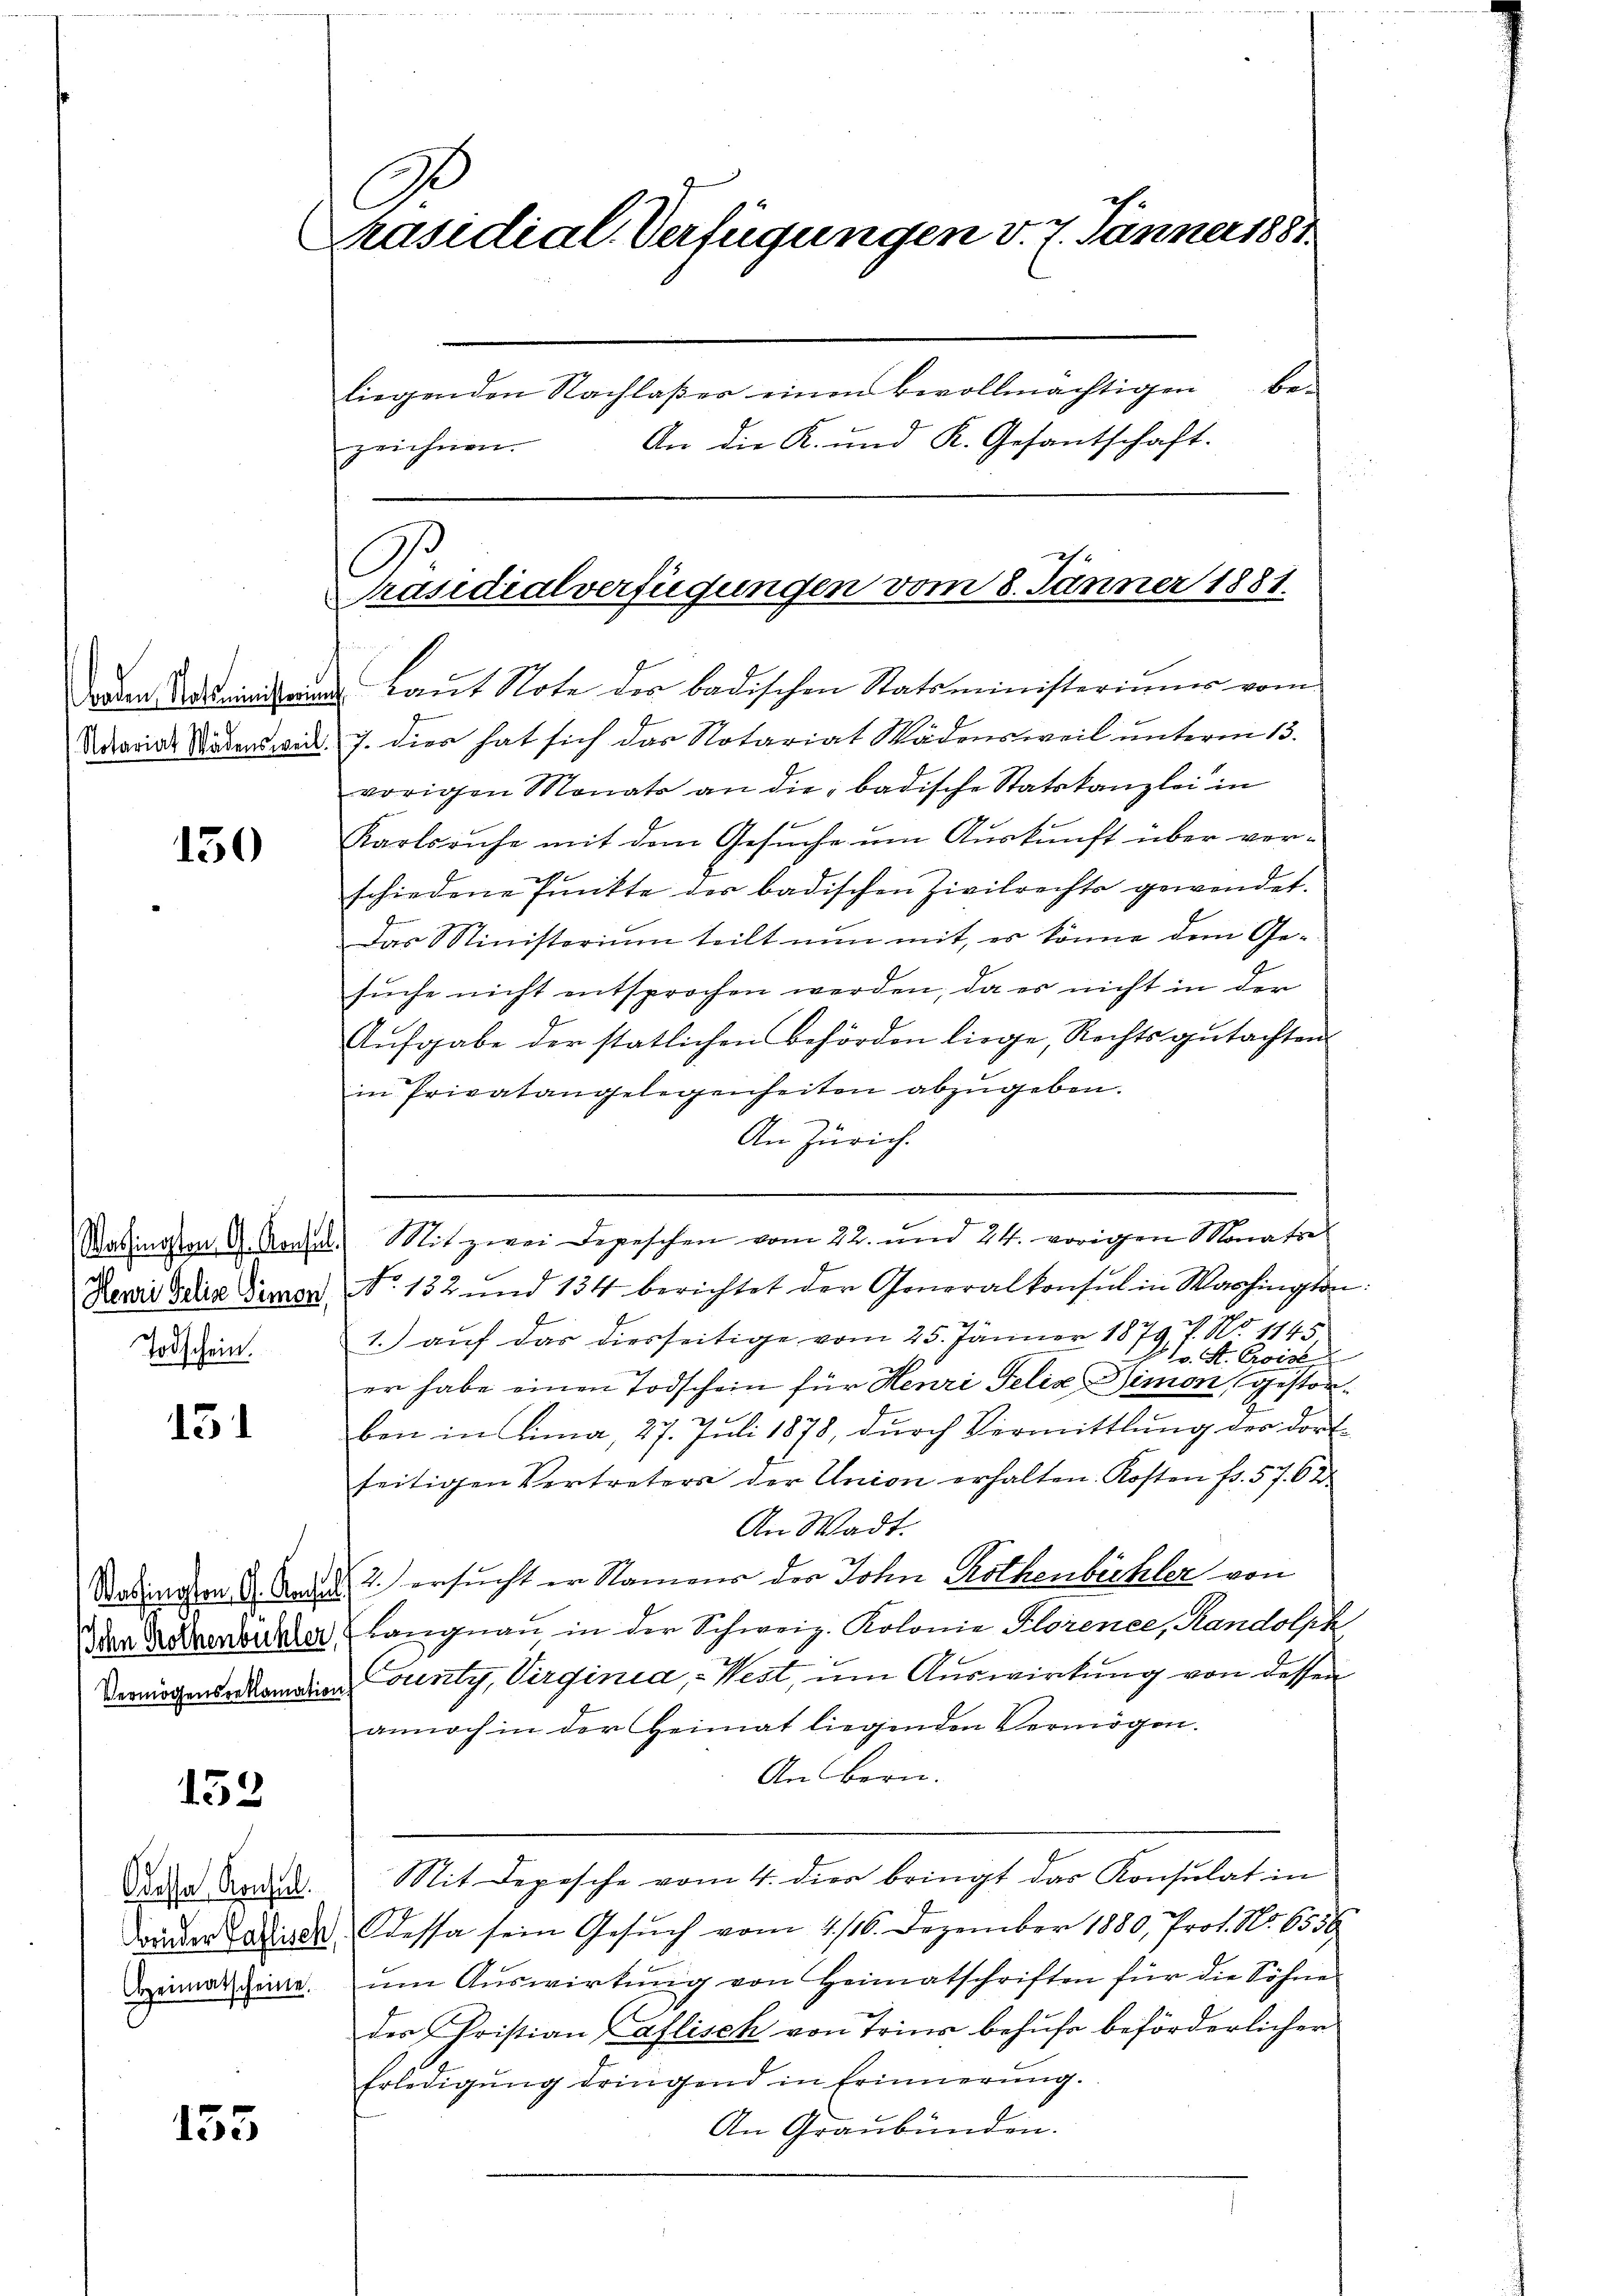
(Notariat Wädensweil.

130

Washington G. Konfus
Henri Gelis Simon
Todschein.

15

Vermögensbeklamatio

152

Odessa Konsul
Heimatscheine.

155

G
Präsidial-Verfügungen v. 7. Jänner 1881.
liegenden Nachlaβer einen bevollmächtigen be-
An die K. und K. Gesantschaft.
zeichnen.

Präsidialverfügungen vom 8. Jänner 1881.
Deren in Laŭt Note der badischen Statsministeriums vom

J. dies hat sich das Notariat Wädensweil unterm 13.
vorigen Monats an die badische Statskanzlei in
Karlsruhe mit dem Gesuche um Auskunft über verschiedene Pŭnkte der badischen Zivilrechts gewendet.
Das Ministerium teilt nun mit, es könne dem Gesuche nicht entsprochen werden, da es nicht in der
Aŭfgabe der statlichen Behörden liege, Rechts gŭtachten
in Privatangelegenheiten abzŭgeben.
An Zürich.
.
Mit zwei Depeschen vom 22. und 24. vorigen Monatse
No. 132 und 134 berichtet der Generalkonsul in Washington:
2. auf das diesseitige vom 25. Jänner 1879 f. No 1145
v. St. Croise
er habe einen Todschein für Henri Felix Simon, gestorben in Lina, 27. Juli 1878, durch Vermittlung der dortseitigen Vertreters der Union erhalten. Kosten fr. 57. 62
An Wadt.
Wasington A. And. d. 2. ersucht er Namens der John Rothenbeckler von
Iden Rakenbucher Langnau in der Schweiz. Kolonie Plorence, Randolph
ounty, Virginia, - West, um Auswirkung von dessen
annoch in der Heimat liegenden Vermögen.
An Bern.
Mit Depesche vom 4. dies bringt das Konsulat in
donder Lande Kessa sein Gesŭch vom 4/16. Dezember 1880, Prot. No. 6556
ŭm Aŭswirtŭng von Heimatschriften für die Söhne
der Christian Caflisch von Trins behufe beförderlicher
Erledigŭng dringend in Erinnerung.
An Graubünden.